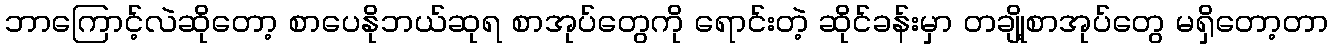
ဘာကြောင့်လဲဆိုတော့ စာပေနိုဘယ်ဆုရ စာအုပ်တွေကို ရောင်းတဲ့ ဆိုင်ခန်းမှာ တချို့စာအုပ်တွေ မရှိတော့တာ